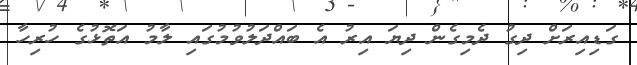
ގަޑިއިރަށް ދިގު ދެމިގެން ދިޔަ އިރު އެ ބައްދަލުވުމުގައި ލާމު އަތޮޅުގެ ހުރިހާ